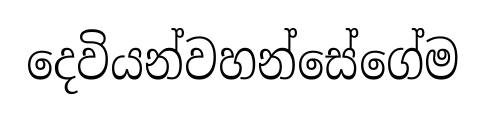
දෙවියන්වහන්සේගේම